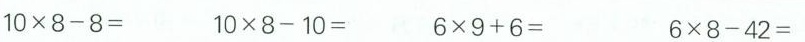
$$1 0 \times 8 - 8 =$$ $$1 0 \times 8 - 1 0 =$$ $$6 \times 9 + 6 =$$ $$6 \times 8 - 4 2 =$$